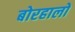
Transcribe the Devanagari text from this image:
बोरहालों